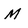
Character: M